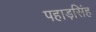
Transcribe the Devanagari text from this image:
पहाड़सिंह